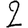
Digit: 2